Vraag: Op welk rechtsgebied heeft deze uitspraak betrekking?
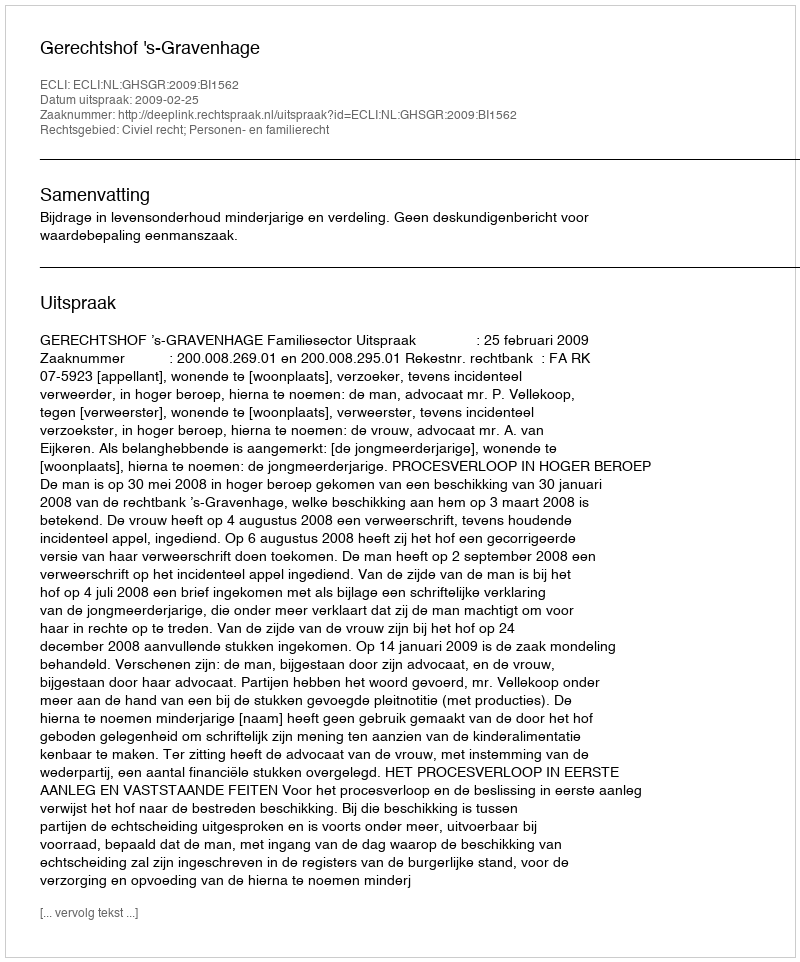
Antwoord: Civiel recht; Personen- en familierecht